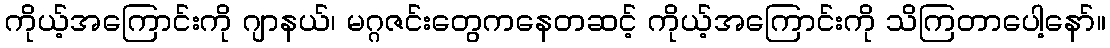
ကိုယ့်အကြောင်းကို ဂျာနယ်၊ မဂ္ဂဇင်းတွေကနေတဆင့် ကိုယ့်အကြောင်းကို သိကြတာပေါ့နော်။